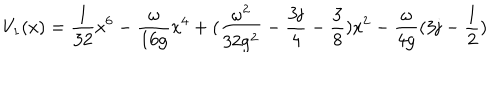
LaTeX: V _ { 1 } ( \mathrm { x ) = \frac { 1 } { 3 2 } \mathrm { x ^ { 6 } - \frac { \ o m e g a } { 1 6 \mathrm { g } } \mathrm { x ^ { 4 } + ( \frac { \ o m e g a ^ { 2 } } { 3 2 \mathrm { g ^ { 2 } } } - \frac { 3 j } { 4 } - \frac { 3 } { 8 } ) \mathrm { x ^ { 2 } - \frac { \ o m e g a } { 4 \mathrm { g } } ( 3 j - \frac { 1 } { 2 } ) } } } }